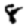
Digit: 8